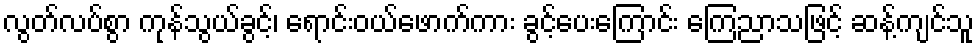
လွတ်လပ်စွာ ကုန်သွယ်ခွင့်၊ ရောင်းဝယ်ဖောက်ကား ခွင့်ပေးကြောင်း ကြေညာသဖြင့် ဆန့်ကျင်သူ